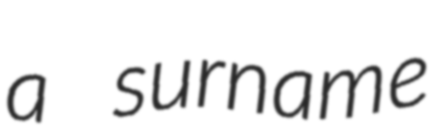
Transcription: a surname